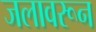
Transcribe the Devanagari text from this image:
जलावरून